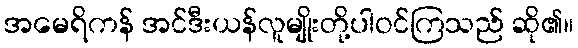
အမေရိကန် အင်ဒီးယန်လူမျိုးတို့ပါဝင်ကြသည် ဆို၏။